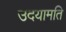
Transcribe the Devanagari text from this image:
उदयामति